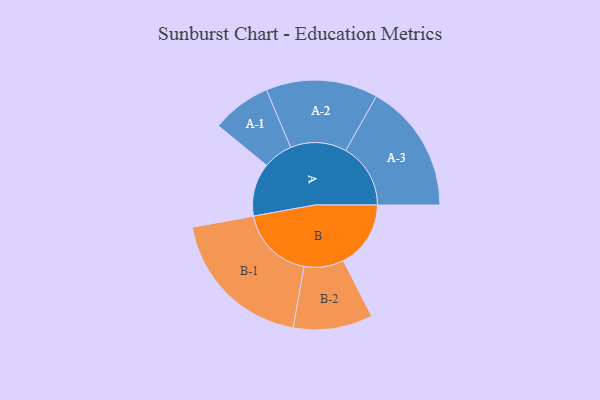
{"axis": {"x": "Segment", "y": "Value"}, "legend": ["", "A", "B"], "data": [{"x": "A", "y": 186, "type": ""}, {"x": "B", "y": 236, "type": ""}, {"x": "A-1", "y": 104, "type": "A"}, {"x": "A-2", "y": 196, "type": "A"}, {"x": "A-3", "y": 227, "type": "A"}, {"x": "B-1", "y": 261, "type": "B"}, {"x": "B-2", "y": 139, "type": "B"}]}